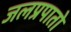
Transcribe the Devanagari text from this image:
जलप्रपातो